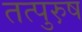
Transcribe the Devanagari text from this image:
तत्पुरु़ष